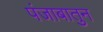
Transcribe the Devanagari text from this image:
पंजाबातुन